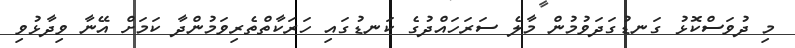
މި ދުވަސްކޮޅު ގަނޑުގަދަވުމުން މާލެ ސަރަހައްދުގެ ކަނޑުގައި ހަރަކާތްތެރިވަމުންދާ ކަމަށް އޭނާ ވިދާޅުވި